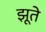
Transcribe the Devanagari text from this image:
झूते